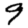
Digit: 9